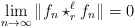
\begin{align*}\lim_{n\to\infty} \|f_n \star_r^\ell f_n\| = 0\end{align*}